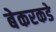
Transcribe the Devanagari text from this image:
बेकरकडे